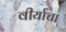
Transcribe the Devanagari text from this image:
वीर्याचा